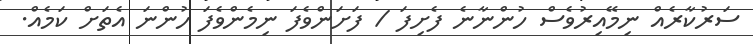
ސަރުކާރެއް ނިމޭއިރުވެސް ހުންނާނެ ފެށިފަ / ފަށަންވެފަ ނިމެންވެފަ ހުންނަ އެތަށް ކަމެއް.